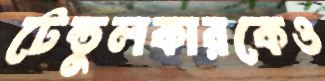
টেন্ডুলকারকেও